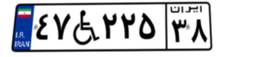
۳۷W۱۲۵۱۲